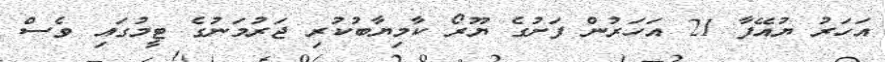
އަހަރު ޔުއޭފާ 21 އަހަރުން ފަށުގެ ޔޫރޯ ކާމިޔާބުކުރި ޖަރުމަނުގެ ޓީމުގައި ވެސް